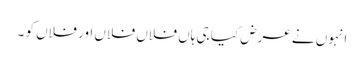
انہوں نے عرض کیا جی ہاں فلاں فلاں اور فلاں کو ۔